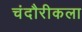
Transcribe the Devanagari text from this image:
चंदौरीकला